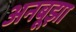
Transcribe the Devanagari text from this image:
अनबूझा